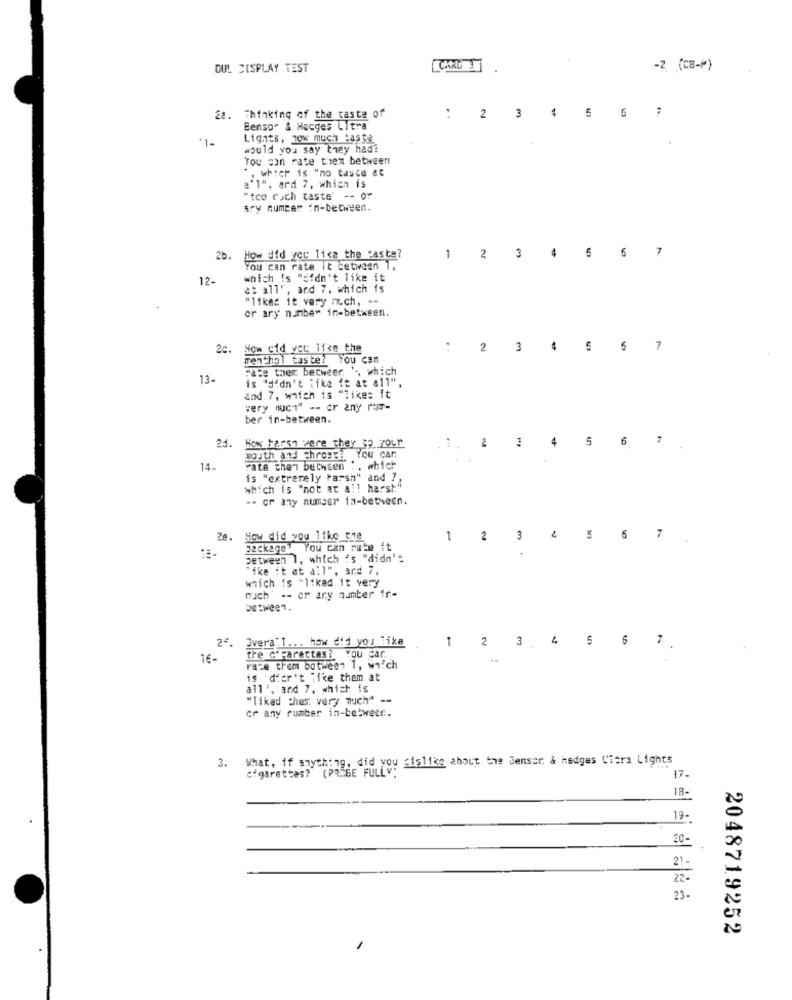
DUL CISPLAY TEST
CARD3
-2 (CB-M)
2 3 4 5 6 7
28. Thinking of the taste of
Benso" & Hocges Litra
*1-
Lights, how much :4538
would you say they had?
You can rate thiem between
", which is "no taste at
a'l". ard 7, which is
"tco ruch taste' -- or
sry number in-between.
2b.
did yer lica the caste?
2 3 4 5 6 3
You can rate it between 1.
12-
which is "didn't like it
at all', and 7. which is
"liked it very much, --
or ary number in-between.
2c.
ow cid vec like the
: 2 3 4 5 6 7
menthol taste?
You can
Fate ther betweer. ', which
13-
is 'didn't like it at all"
and 7, which is "likes it
very much" -- cr any rus-
ber in-between.
21.
How Farsa were they 32 7our
2
4
56 7
mouth and throst: You can
14.
rate then between :, which
is "extremely harsh" and 7,
which is "not at all harsh"
-- or any number ia-between.
Ze. How did you like the
1 2 3 4 5 6 7
package" You can rube it
between 1, which 's "didn'=
"ike it at all", ard 7,
which is -liked it very
much' -- or ary number fr-
between.
24.
Overa'l ... how did you like
1
2 3 .4 5 6
7
16-
tre c'Faractas? You car.
race them between 1, which
is dier't like them at
all', and 7, which is
"Tikad Cher. very much" --
er any rumber in-between ..
3.
What, if anything, did you gislike about the Sensor & hedges Ciera Lights
Cigarettes? (PR.BE FULLY"
17.
18-
19-
20-
21
23.
2048719252